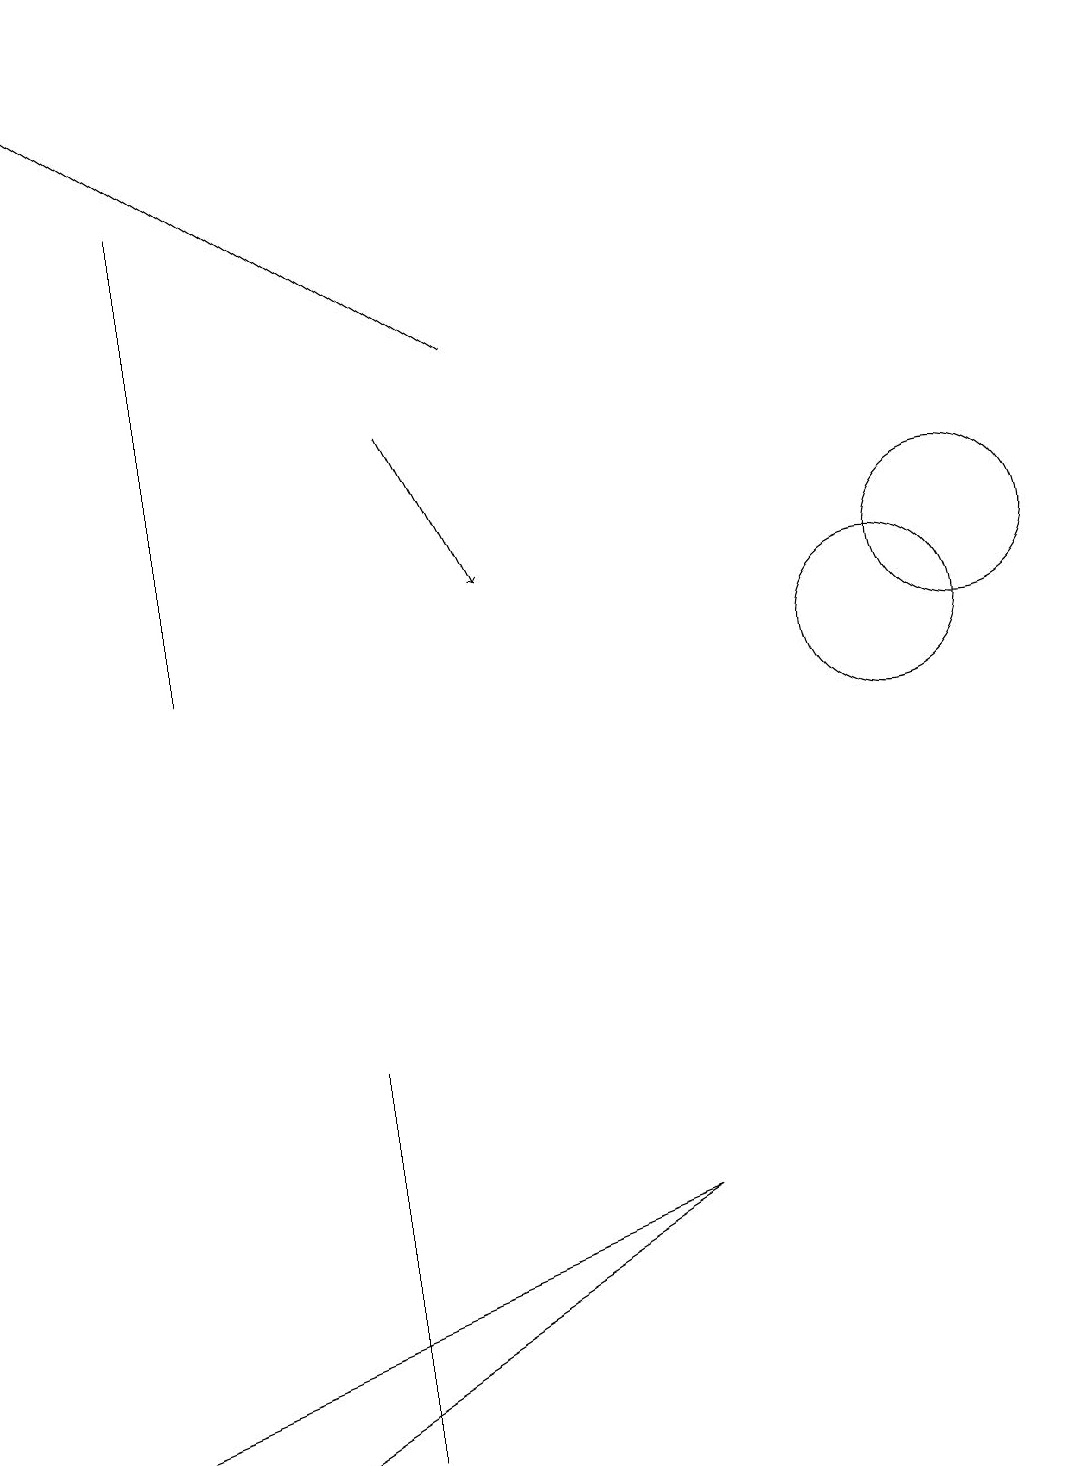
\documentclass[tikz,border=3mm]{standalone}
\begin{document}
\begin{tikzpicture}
\draw (4,0) -- (4,5) -- (4,5) -- cycle;
\draw (10,11) circle (0);
\draw (8,3) -- (3,0) -- (0,0) -- cycle;
\draw[->] (5,13) -- (6,11);
\draw (12,11) circle (1);
\draw (2,10) rectangle (2,16);
\draw[->] (6,14) -- (0,18);
\draw (11,10) circle (1);
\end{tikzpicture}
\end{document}